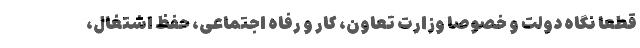
قطعا نگاه دولت و خصوصا وزارت تعاون، کار و رفاه اجتماعی، حفظ اشتغال،